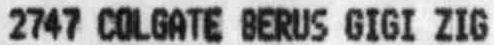
2747 COLGATE BERUS GIGI ZIG